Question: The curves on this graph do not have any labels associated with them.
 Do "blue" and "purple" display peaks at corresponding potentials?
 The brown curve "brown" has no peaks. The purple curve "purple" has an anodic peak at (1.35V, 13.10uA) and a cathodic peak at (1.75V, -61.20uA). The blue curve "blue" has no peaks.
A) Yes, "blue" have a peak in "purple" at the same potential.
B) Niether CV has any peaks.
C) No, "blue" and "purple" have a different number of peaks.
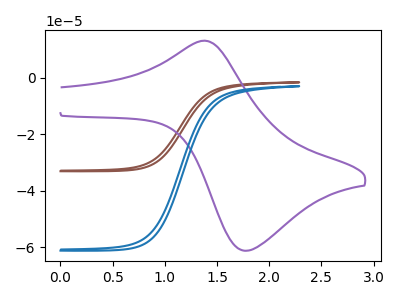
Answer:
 <answer>C) No, "blue" and "purple" have a different number of peaks.</answer>
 <eval>C</eval>